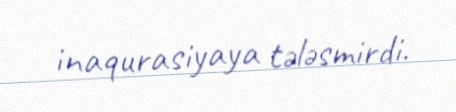
inaqurasiyaya tələsmirdi.